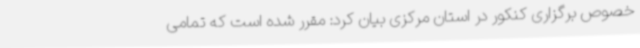
خصوص برگزاری کنکور در استان مرکزی بیان کرد: مقرر شده است که تمامی